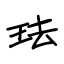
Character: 珐